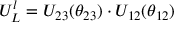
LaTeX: U _ { L } ^ { l } = U _ { 2 3 } ( \theta _ { 2 3 } ) \cdot U _ { 1 2 } ( \theta _ { 1 2 } )